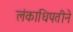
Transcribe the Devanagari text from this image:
लंकाधिपतीने